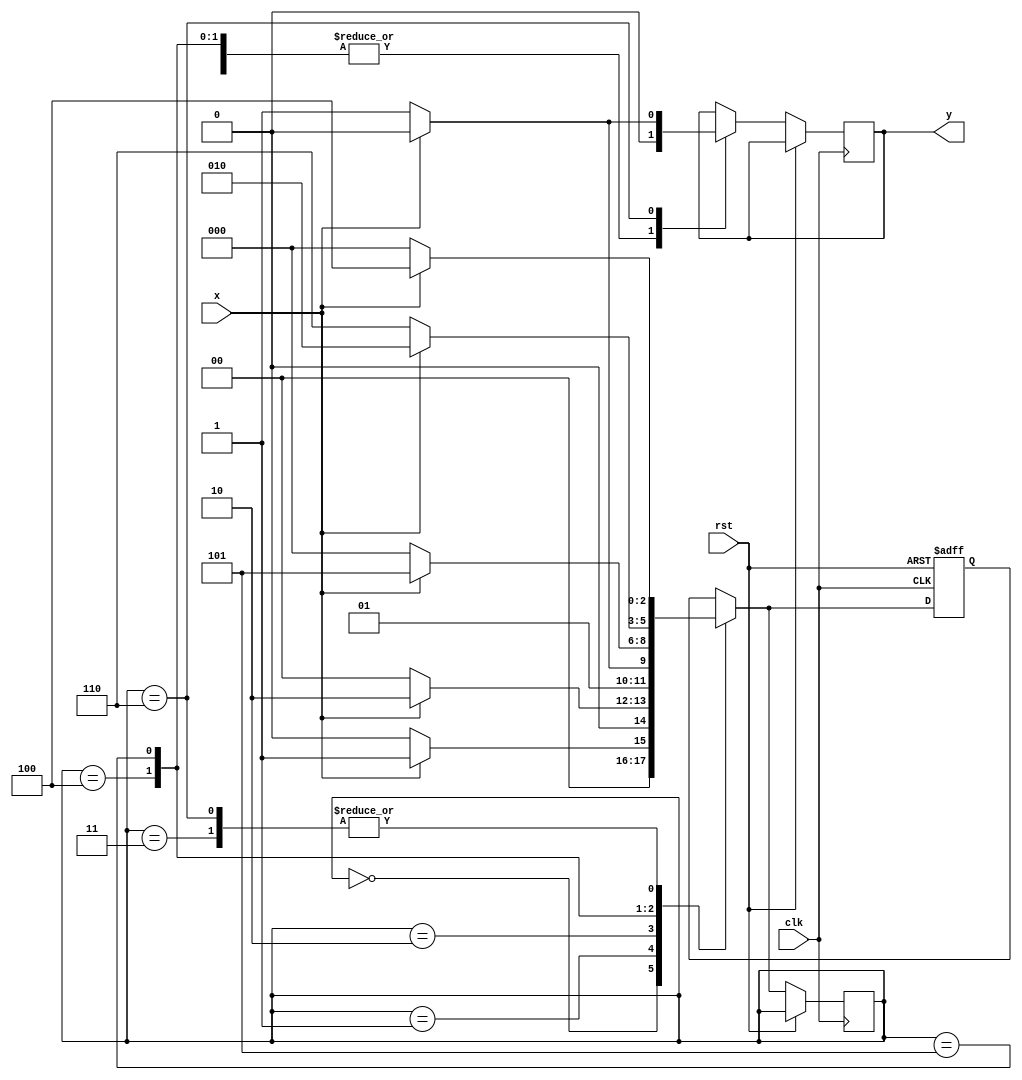
module Seq(input x , clk , rst,output reg y);
parameter A = 3'b000;
parameter B = 3'b001;
parameter C = 3'b010;
parameter D = 3'b011;
parameter E = 3'b100;
parameter F = 3'b101;
parameter G = 3'b110;
reg [2:0]p,n;
always @(posedge clk , posedge rst)
begin 
if(rst) n = A ; 
else 
begin 
case({p})					
A : begin 
y = 0;
if(x) n = B;
else n = A; end
B: begin 
y = 0;
if(x) n = C;
else n = A; end
C : begin 
y = 0;
if(x) n = C;
else n = D; end
D: begin 
y = 0;
if(x) n = E;
else n = A; end
E : begin 
y = 0;
if(x) n = F;
else n = A; end
F : begin 
y = 0;
if(x) n = C;
else n = G;
end
G : begin 
y = 0;
if(x) n  = E;
else 		
begin n = A; y = 1'b1; end
end
endcase
p = n;
end
end
endmodule